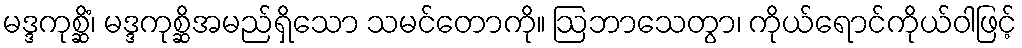
မဒ္ဒကုစ္ဆိံ၊ မဒ္ဒကုစ္ဆိအမည်ရှိသော သမင်တောကို။ ဩဘာသေတွာ၊ ကိုယ်ရောင်ကိုယ်ဝါဖြင့်